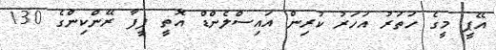
އޭޕީ މީގެ ހަތަރު އަހަރު ކުރިން އައިސްލެންޑް އޮތީ ފީފާ ރޭންކިންގެ 130